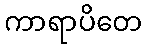
ကာရာပိတေ